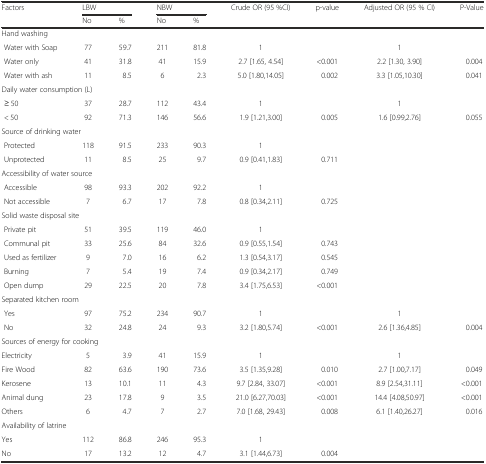
<table><thead><tr><td><b>Factors</b></td><td colspan="2"><b>LBW</b></td><td colspan="2"><b>NBW</b></td><td><b>Crude OR (95 %CI)</b></td><td><b>p-value</b></td><td><b>Adjusted OR (95 % CI)</b></td><td><b>P-Value</b></td></tr><tr><td></td><td><b>No</b></td><td><b>%</b></td><td><b>No</b></td><td><b>%</b></td><td></td><td></td><td></td><td></td></tr></thead><tbody><tr><td colspan="9">Hand washing</td></tr><tr><td> Water with Soap</td><td>77</td><td>59.7</td><td>211</td><td>81.8</td><td>1</td><td></td><td>1</td><td></td></tr><tr><td> Water only</td><td>41</td><td>31.8</td><td>41</td><td>15.9</td><td>2.7 [1.65, 4.54]</td><td>&lt;0.001</td><td>2.2 [1.30, 3.90]</td><td>0.004</td></tr><tr><td> Water with ash</td><td>11</td><td>8.5</td><td>6</td><td>2.3</td><td>5.0 [1.80,14.05]</td><td>0.002</td><td>3.3 [1.05,10.30]</td><td>0.041</td></tr><tr><td colspan="9">Daily water consumption (L)</td></tr><tr><td> ≥ 50</td><td>37</td><td>28.7</td><td>112</td><td>43.4</td><td>1</td><td></td><td>1</td><td></td></tr><tr><td> &lt; 50</td><td>92</td><td>71.3</td><td>146</td><td>56.6</td><td>1.9 [1.21,3.00]</td><td>0.005</td><td>1.6 [0.99,2.76]</td><td>0.055</td></tr><tr><td colspan="9">Source of drinking water</td></tr><tr><td> Protected</td><td>118</td><td>91.5</td><td>233</td><td>90.3</td><td>1</td><td></td><td></td><td></td></tr><tr><td> Unprotected</td><td>11</td><td>8.5</td><td>25</td><td>9.7</td><td>0.9 [0.41,1.83]</td><td>0.711</td><td></td><td></td></tr><tr><td colspan="9">Accessibility of water source</td></tr><tr><td> Accessible</td><td>98</td><td>93.3</td><td>202</td><td>92.2</td><td>1</td><td></td><td></td><td></td></tr><tr><td> Not accessible</td><td>7</td><td>6.7</td><td>17</td><td>7.8</td><td>0.8 [0.34,2.11]</td><td>0.725</td><td></td><td></td></tr><tr><td colspan="9">Solid waste disposal site</td></tr><tr><td> Private pit</td><td>51</td><td>39.5</td><td>119</td><td>46.0</td><td>1</td><td></td><td></td><td></td></tr><tr><td> Communal pit</td><td>33</td><td>25.6</td><td>84</td><td>32.6</td><td>0.9 [0.55,1.54]</td><td>0.743</td><td></td><td></td></tr><tr><td> Used as fertilizer</td><td>9</td><td>7.0</td><td>16</td><td>6.2</td><td>1.3 [0.54,3.17]</td><td>0.545</td><td></td><td></td></tr><tr><td> Burning</td><td>7</td><td>5.4</td><td>19</td><td>7.4</td><td>0.9 [0.34,2.17]</td><td>0.749</td><td></td><td></td></tr><tr><td> Open dump</td><td>29</td><td>22.5</td><td>20</td><td>7.8</td><td>3.4 [1.75,6.53]</td><td>&lt;0.001</td><td></td><td></td></tr><tr><td colspan="9">Separated kitchen room</td></tr><tr><td> Yes</td><td>97</td><td>75.2</td><td>234</td><td>90.7</td><td>1</td><td></td><td>1</td><td></td></tr><tr><td> No</td><td>32</td><td>24.8</td><td>24</td><td>9.3</td><td>3.2 [1.80,5.74]</td><td>&lt;0.001</td><td>2.6 [1.36,4.85]</td><td>0.004</td></tr><tr><td colspan="9">Sources of energy for cooking</td></tr><tr><td>Electricity</td><td>5</td><td>3.9</td><td>41</td><td>15.9</td><td>1</td><td></td><td>1</td><td></td></tr><tr><td>Fire Wood</td><td>82</td><td>63.6</td><td>190</td><td>73.6</td><td>3.5 [1.35,9.28]</td><td>0.010</td><td>2.7 [1.00,7.17]</td><td>0.049</td></tr><tr><td>Kerosene</td><td>13</td><td>10.1</td><td>11</td><td>4.3</td><td>9.7 [2.84, 33.07]</td><td>&lt;0.001</td><td>8.9 [2.54,31.11]</td><td>&lt;0.001</td></tr><tr><td>Animal dung</td><td>23</td><td>17.8</td><td>9</td><td>3.5</td><td>21.0 [6.27,70.03]</td><td>&lt;0.001</td><td>14.4 [4.08,50.97]</td><td>&lt;0.001</td></tr><tr><td>Others</td><td>6</td><td>4.7</td><td>7</td><td>2.7</td><td>7.0 [1.68, 29.43]</td><td>0.008</td><td>6.1 [1.40,26.27]</td><td>0.016</td></tr><tr><td colspan="9">Availability of latrine</td></tr><tr><td>Yes</td><td>112</td><td>86.8</td><td>246</td><td>95.3</td><td>1</td><td></td><td></td><td></td></tr><tr><td>No</td><td>17</td><td>13.2</td><td>12</td><td>4.7</td><td>3.1 [1.44,6.73]</td><td>0.004</td><td></td><td></td></tr></tbody></table>